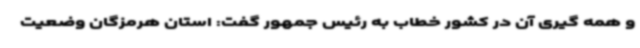
و همه گیری آن در کشور خطاب به رئیس جمهور گفت: استان هرمزگان وضعیت